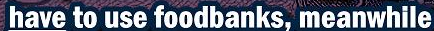
have to use foodbanks,meanwhile